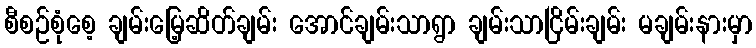
စီစဉ်စုံစေ့ ချမ်းမြေ့ဆိတ်ချမ်း အောင်ချမ်းသာရွာ ချမ်းသာငြိမ်းချမ်း မချမ်းနားမှာ